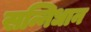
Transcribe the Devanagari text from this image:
सन्निधान